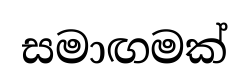
සමාඟමක්